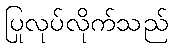
ပြုလုပ်လိုက်သည်